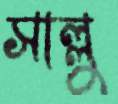
সাল্লু